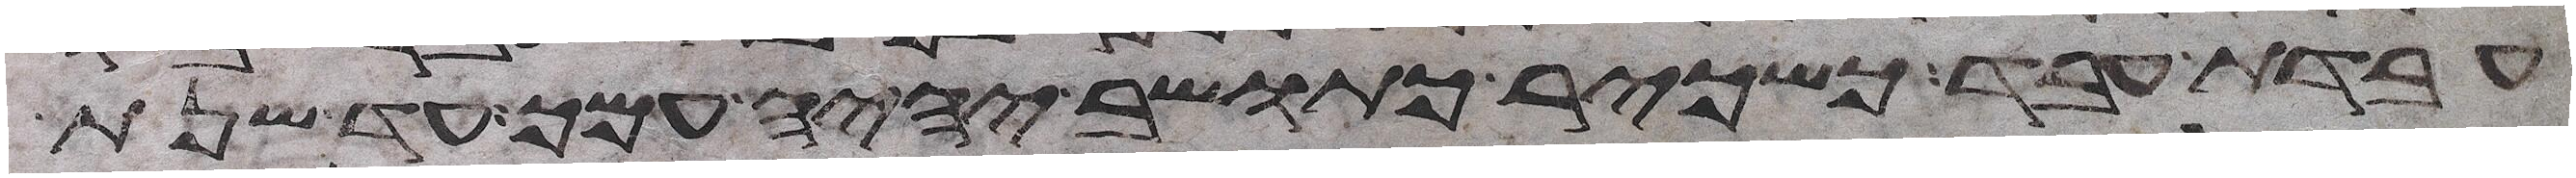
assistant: עבדת עבד כשכיר כתושב יהיה עמך עד שנת